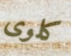
كلوى